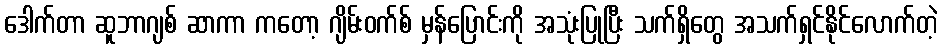
ဒေါက်တာ ဆူဘာဂျစ် ဆာကာ ကတော့ ဂျိမ်းဝက်စ် မှန်ပြောင်းကို အသုံးပြုပြီး သက်ရှိတွေ အသက်ရှင်နိုင်လောက်တဲ့